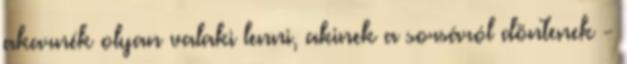
akarnék olyan valaki lenni, akinek a sorsáról döntenek -